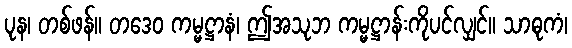
ပုန၊ တစ်ဖန်။ တဒေဝ ကမ္မဋ္ဌာနံ၊ ဤအသုဘ ကမ္မဋ္ဌာန်းကိုပင်လျှင်။ သာဓုကံ၊